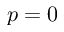
p = 0